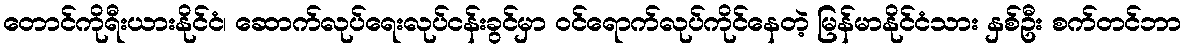
တောင်ကိုရီးယားနိုင်ငံ၊ ဆောက်လုပ်ရေးလုပ်ငန်းခွင်မှာ ဝင်ရောက်လုပ်ကိုင်နေတဲ့ မြန်မာနိုင်ငံသား နှစ်ဦး စက်တင်ဘာ